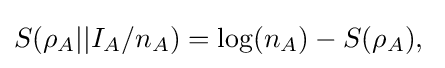
S(\rho _{A}||I_{A}/n_{A})=\mathrm {log} (n_{A})-S(\rho _{A}),\;